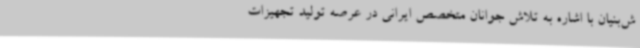
ش‌بنیان با اشاره به تلاش جوانان متخصص ایرانی در عرصه تولید تجهیزات